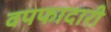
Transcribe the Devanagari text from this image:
वपफादारी